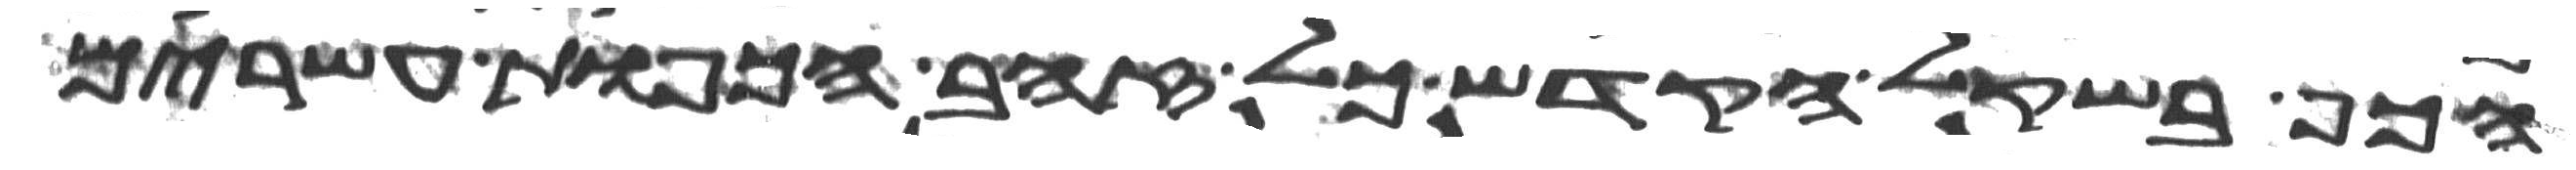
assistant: הכף בשקל הקדש כל זהב הכפות עשרים